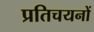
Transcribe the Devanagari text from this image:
प्रतिचयनों